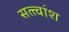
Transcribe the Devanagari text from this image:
सत्त्वांश